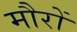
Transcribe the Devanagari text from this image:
मौरों